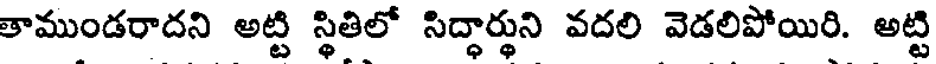
తాముండరాదని అట్టి స్థితిలో సిద్ధార్థుని వదలి వెడలిపోయిరి. అట్టి